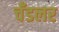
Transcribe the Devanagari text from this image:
चँडलर